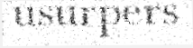
usurpers